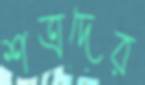
শত্রদের